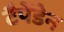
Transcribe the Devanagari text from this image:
टैपेंडेन